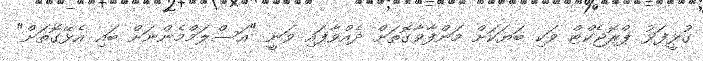
ގުޅީފަޅު ޕްރޮޖެކްޓް ވަކި ބަޔަކަށް މަންފާވާގޮތަށް ދެއްވާފައި ވަނީ "އަސްލަމްމެންނަށް ބައި އެޅޭގޮތަށް"